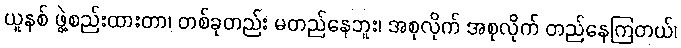
ယူနစ် ဖွဲ့စည်းထားတာ၊ တစ်ခုတည်း မတည်နေဘူး၊ အစုလိုက် အစုလိုက် တည်နေကြတယ်၊